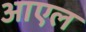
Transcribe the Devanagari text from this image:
आएल